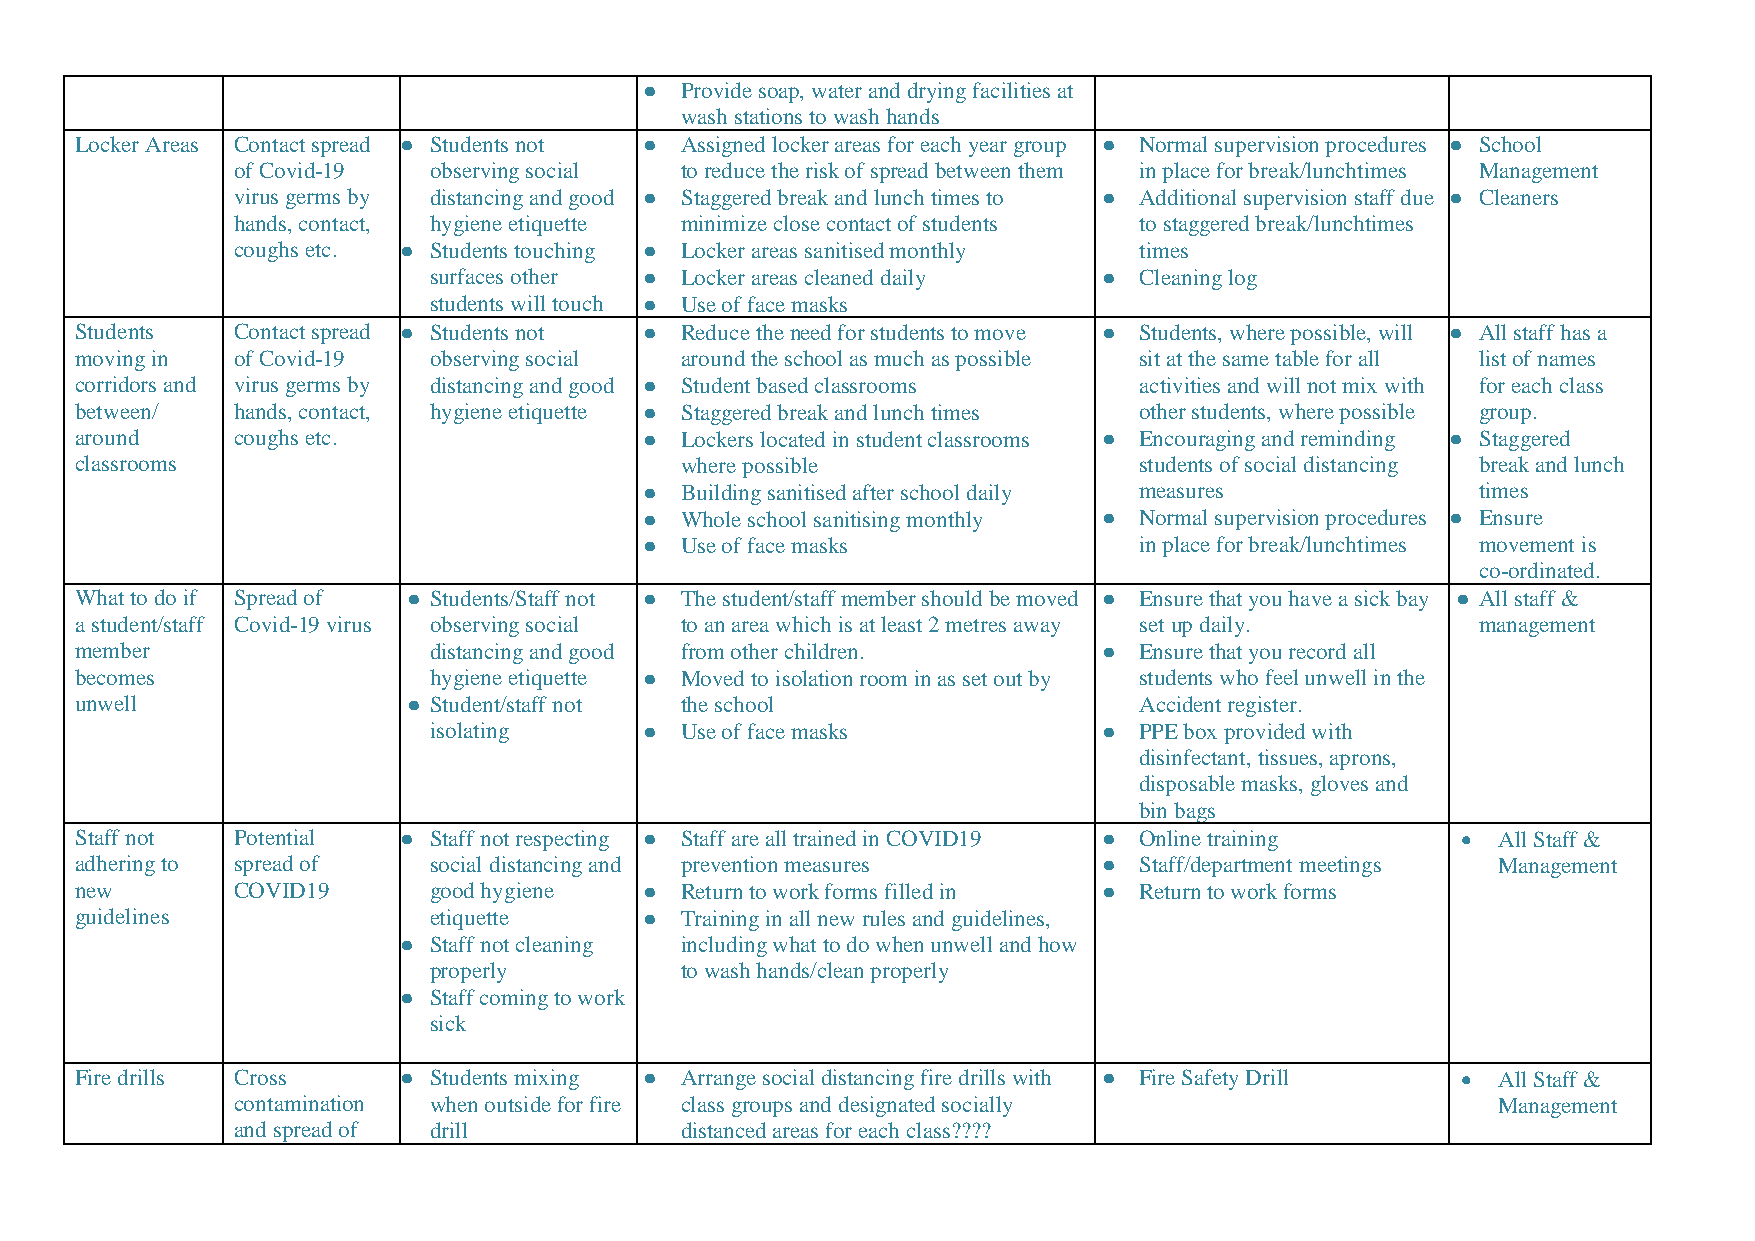
● Provide soap, water and drying facilities at
 wash stations to wash hands
 Locker Areas Contact spread ● Students not ● Assigned locker areas for each year group ● Normal supervision procedures ● School
 of Covid-19  observing social to reduce the risk of spread between them in place for break/lunchtimes Management
 virus germs by distancing and good ● Staggered break and lunch times to ● Additional supervision staff due ● Cleaners
 hands, contact, hygiene etiquette minimize close contact of students to staggered break/lunchtimes
 coughs etc. ● Students touching ● Locker areas sanitised monthly times
 surfaces other ● Locker areas cleaned daily  ● Cleaning log
 students will touch ● Use of face masks
 Students  Contact spread ● Students not ● Reduce the need for students to move ● Students, where possible, will ● All staff has a
 moving in of Covid-19  observing social around the school as much as possible sit at the same table for all list of names
 corridors and virus germs by distancing and good ● Student based classrooms activities and will not mix with for each class
 between/  hands, contact, hygiene etiquette ● Staggered break and lunch times other students, where possible group.
 around    coughs etc.                 ● Lockers located in student classrooms ● Encouraging and reminding ● Staggered
 classrooms                              where possible                students of social distancing break and lunch
 ● Building sanitised after school daily measures       times
 ● Whole school sanitising monthly ● Normal supervision procedures ● Ensure
 ● Use of face masks             in place for break/lunchtimes movement is
 co-ordinated.
 What to do if Spread of ● Students/Staff not ● The student/staff member should be moved ● Ensure that you have a sick bay ● All staff &
 a student/staff Covid-19 virus observing social to an area which is at least 2 metres away set up daily. management
 member                 distancing and good from other children.     ● Ensure that you record all
 becomes                hygiene etiquette ● Moved to isolation room in as set out by students who feel unwell in the
 unwell                ● Student/staff not the school                  Accident register.
 isolating      ● Use of face masks           ● PPE box provided with
 disinfectant, tissues, aprons,
 disposable masks, gloves and
 bin bags
 Staff not Potential  ● Staff not respecting ● Staff are all trained in COVID19 ● Online training • All Staff &
 adhering to spread of  social distancing and prevention measures    ● Staff/department meetings Management
 new       COVID19      good hygiene   ● Return to work forms filled in ● Return to work forms
 guidelines             etiquette      ● Training in all new rules and guidelines,
 ● Staff not cleaning including what to do when unwell and how
 properly         to wash hands/clean properly
 ● Staff coming to work
 sick
 Fire drills Cross    ● Students mixing ● Arrange social distancing fire drills with ● Fire Safety Drill • All Staff &
 contamination when outside for fire class groups and designated socially            Management
 and spread of drill           distanced areas for each class????